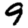
Digit: 9